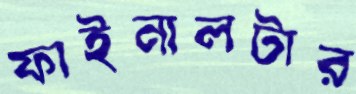
ফাইনালটার